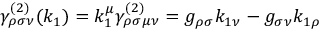
\gamma _ { \rho \sigma \nu } ^ { ( 2 ) } ( k _ { 1 } ) = k _ { 1 } ^ { \mu } \gamma _ { \rho \sigma \mu \nu } ^ { ( 2 ) } = g _ { \rho \sigma } k _ { 1 \nu } - g _ { \sigma \nu } k _ { 1 \rho }